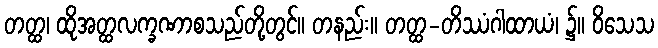
တတ္ထ၊ ထိုအတ္ထလက္ခဏာစသည်တို့တွင်။ တနည်း။ တတ္ထ-တိဿံဂါထာယံ၊ ၌။ ဝိသေသ